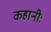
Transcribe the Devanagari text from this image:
कहानीः